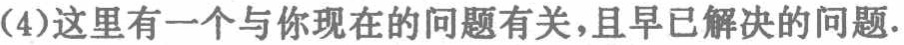
(4)这里有一个与你现在的问题有关，且早已解决的问题.